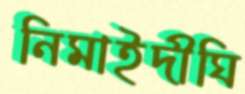
নিমাইদীঘি